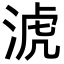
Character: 淲